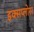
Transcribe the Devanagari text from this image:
इक्सप्लोरर